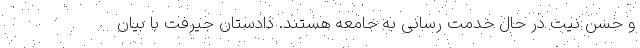
و حسن نیت در حال خدمت رسانی به جامعه هستند. دادستان جیرفت با بیان